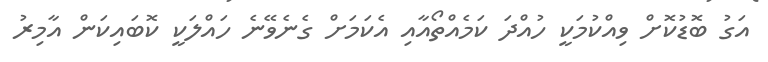
އަގު ބޮޑުކޮށް ވިއްކުމަކީ ހުއްދަ ކަމެއްތޯއާއި އެކަމަށް ގެނެވޭނެ ހައްލަކީ ކޮބައިކަން އާމިރު